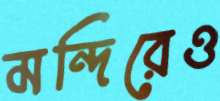
মন্দিরেও